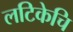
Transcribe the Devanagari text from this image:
लटिकेचि